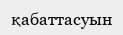
қабаттасуын